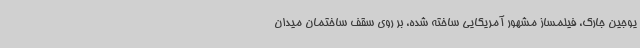
یوجین جارک، فیلمساز مشهور آمریکایی ساخته شده، بر روی سقف ساختمان میدان